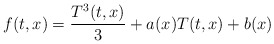
\begin{align*} f(t,x) = \frac{T^3(t,x)}{3} + a(x)T(t,x) + b(x)\end{align*}